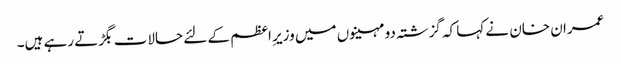
عمران خان نے کہا کہ گزشتہ دو مہینوں میں وزیرِ اعظم کے لئے حالات بگڑتے رہے ہیں۔